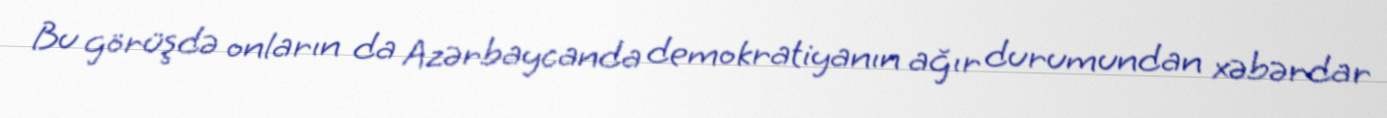
Bu görüşdə onların da Azərbaycanda demokratiyanın ağır durumundan xəbərdar